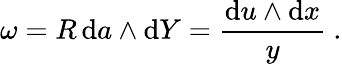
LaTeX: \omega={R}\, \mathrm{d}a\wedge\mathrm{d}Y=\frac{\mathrm{d}u\wedge\mathrm{d}x}{y}\ .